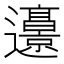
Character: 𰻜